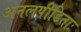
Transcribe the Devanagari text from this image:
अनलपीडिताः